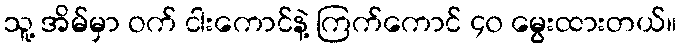
သူ့ အိမ်မှာ ဝက် ငါးကောင်နဲ့ ကြက်ကောင် ၄၀ မွေးထားတယ်။